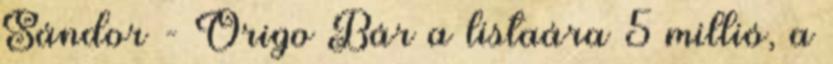
Sándor - Origo Bár a listaára 5 millió, a